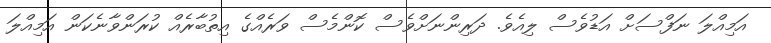
އަމިއްލަ ނަފްސަށް އަޑުވެސް ލިއެވެ. ދަރިންނަށްވެސް ކޮންމެސް ވަރެއްގެ އިތުބާރެއް ކުރަންވާނެކަން އަމިއްލަ